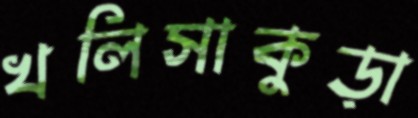
খলিসাকুড়া